NAE_ERA_R-2324_Eesti_Vabariigi_Pohiseaduslik_Assamblee, lk 40
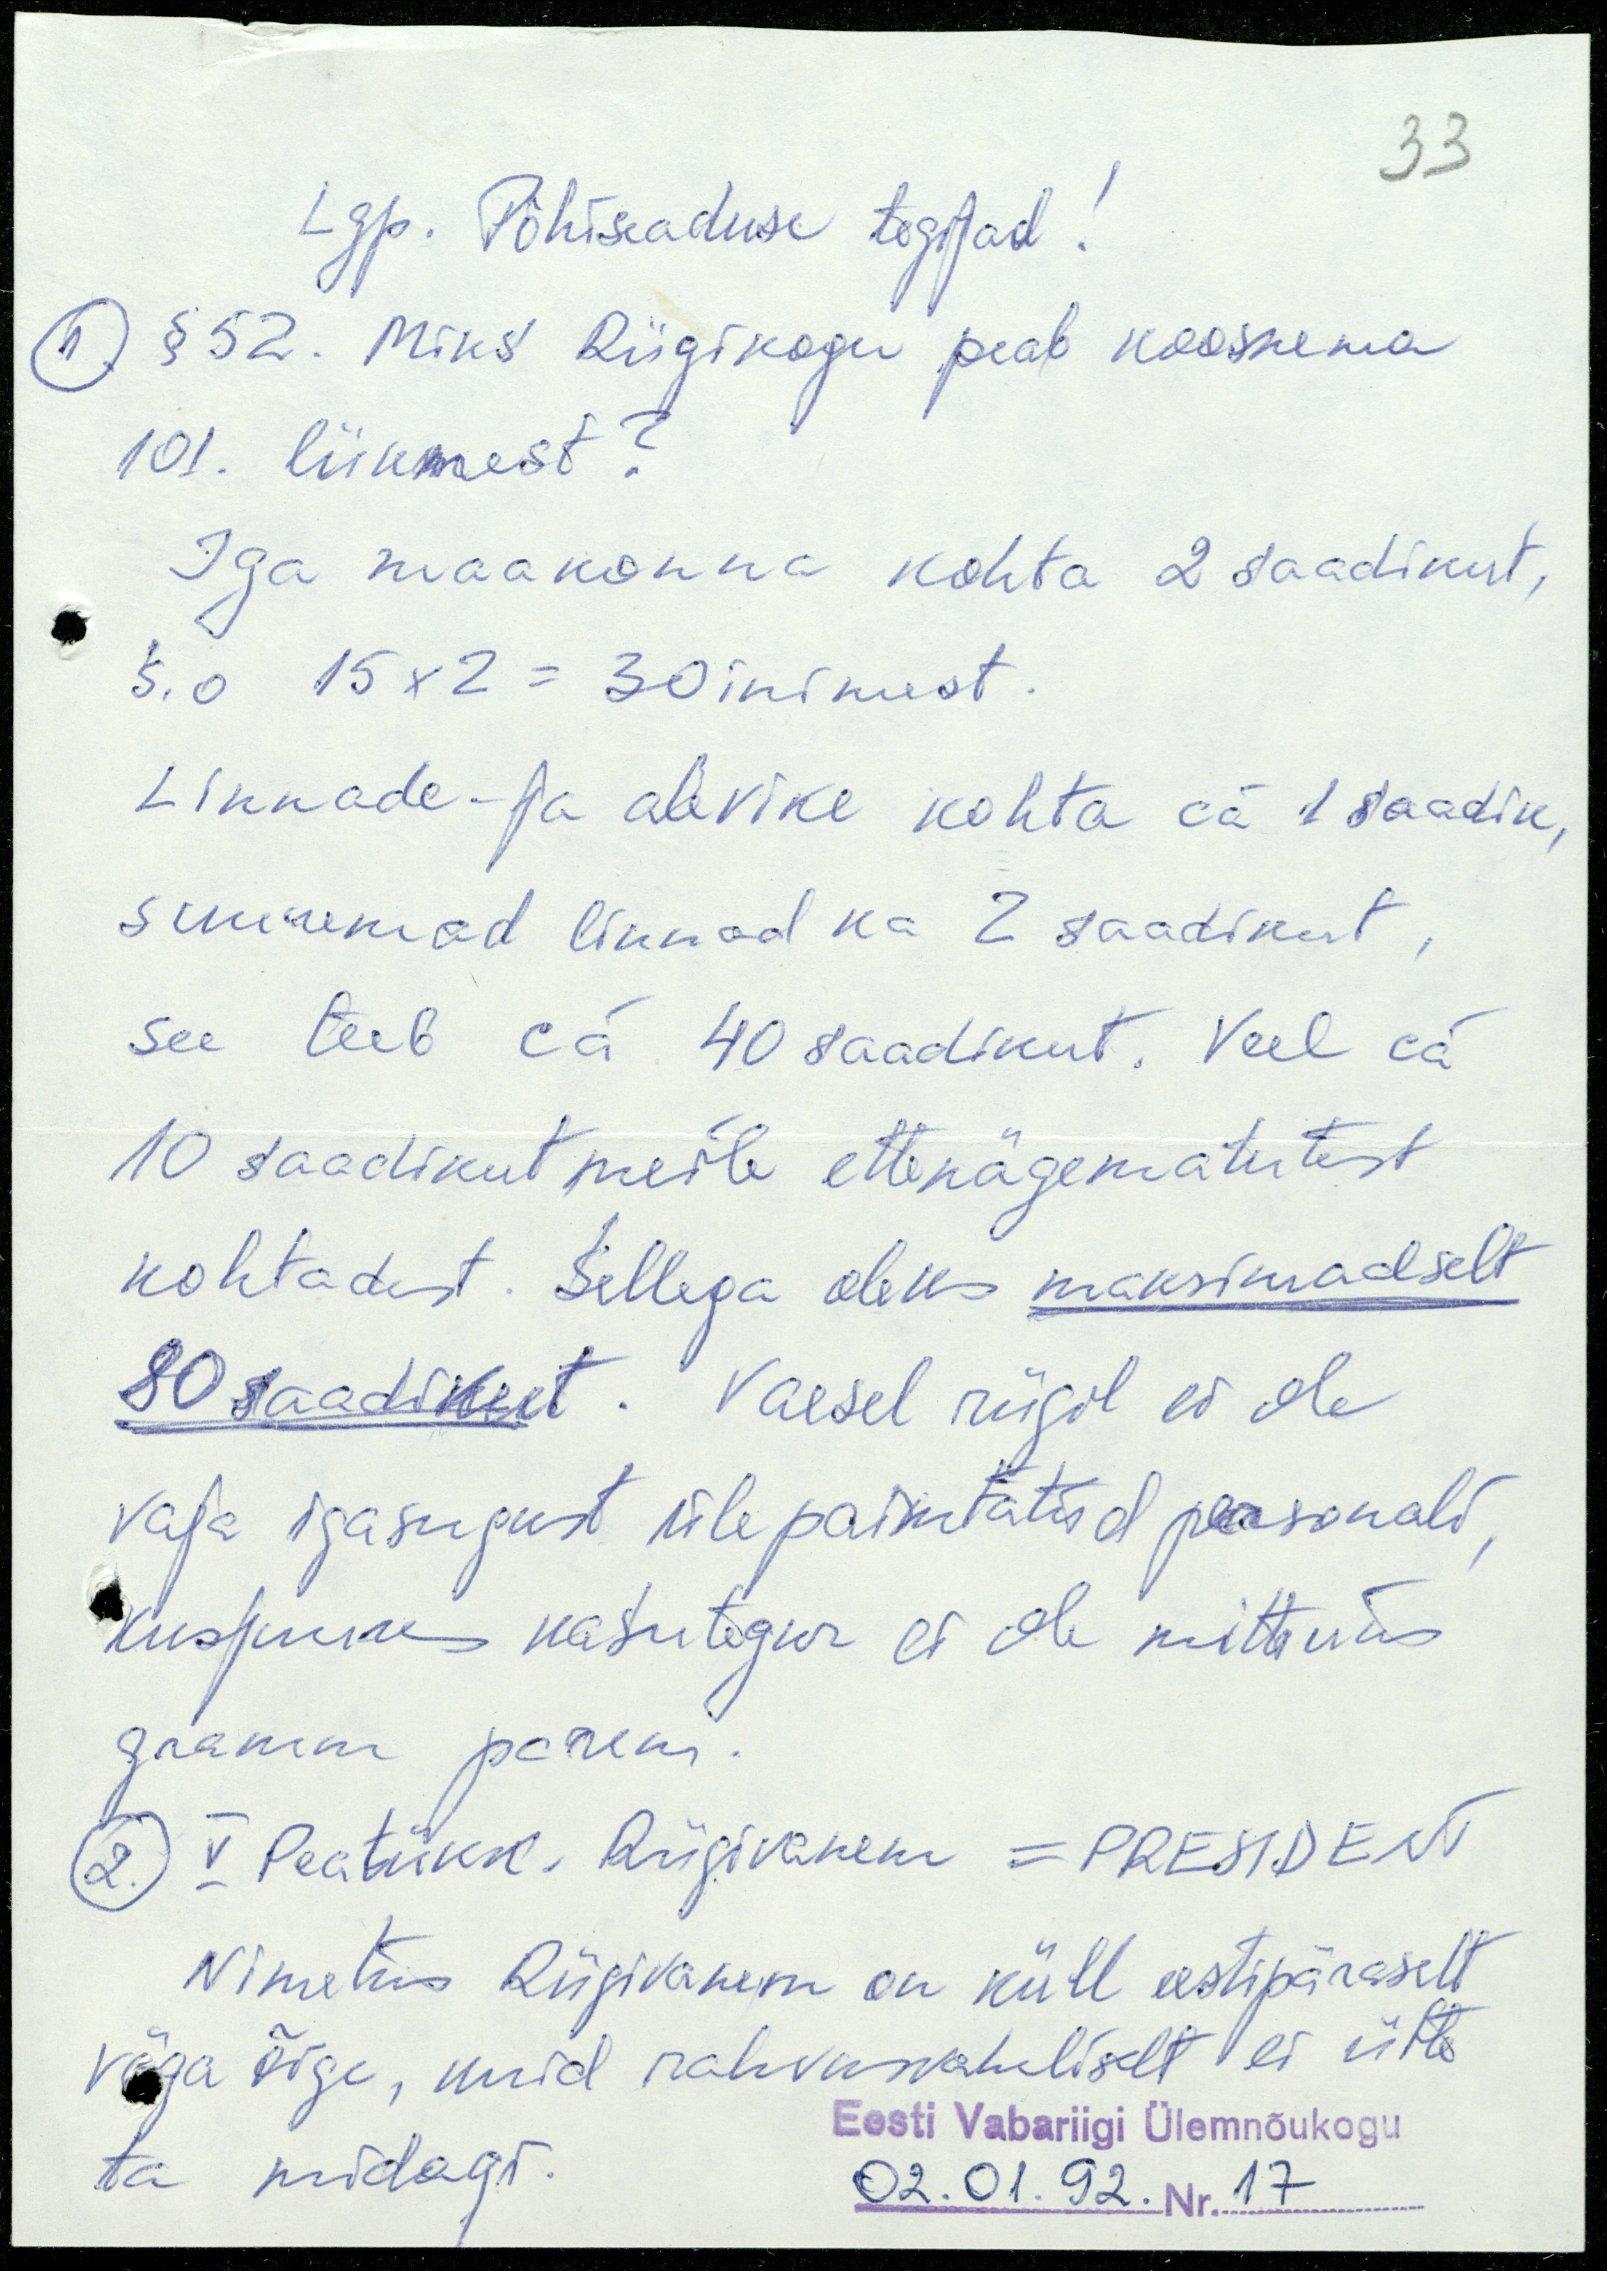
Lgp. Põhiseaduse tegijad!
1. § 52. Miks Riigikogu peab koosnema
101. liikmest?
Iga maakonna kohta 2 saadikut,
s.o 15x2 = 30 inimest.
Linnade- ja alevike kohta ca 1 saadik,
suuremad linnad ka 2 saadikut,
see teeb ca 40 saadikut. Veel ca
10 saadikut meile ettenägematutest
kohtadest. Sellega oleks maksimaalselt
80 saadikut. Vaesel riigil ei ole
vaja igasugust ülepaisutatud personali,
kusjuures kasutegur ei ole mitteüks
gramm parem.
2. V Peatükk. Riigivanem = PRESIDENT
Nimetus Riigivanem on küll eestipäraselt
väga õige, kuid rahvusvaheliselt ei ütle
ta midagi.
Eesti Vabariigi Ülemnõukogu
02.01.92. Nr. 17